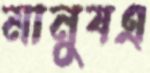
মানুষএ